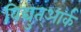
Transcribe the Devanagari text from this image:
विद्युत्आर्क